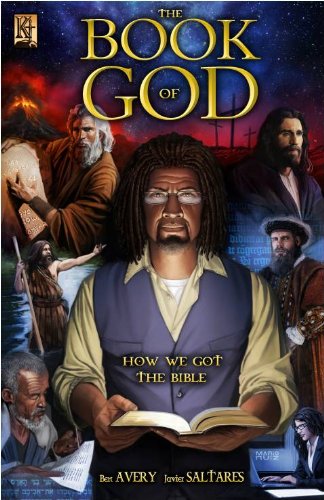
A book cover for The Book of God; Ben Avery; Comics & Graphic Novels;